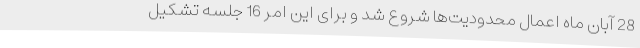
28 آبان ماه اعمال محدودیت‌ها شروع شد و برای این امر 16 جلسه تشکیل